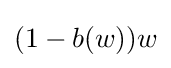
(1-b(w))w